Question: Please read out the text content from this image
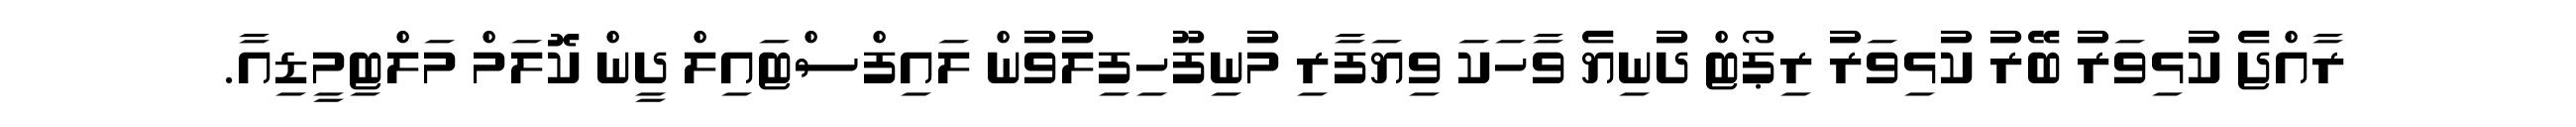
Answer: ރާއްޖެ ކުޅިވަރު ބޭރު ކުޅިވަރު ރިޕޯޓް ދުނިޔެ ވާހަކަ ވިޔަފާރި މުނިފޫހިފިލުވުން ލައިފްސްޓައިލް ދީން ކޮލަމް މަލްޓިމީޑިއާ.